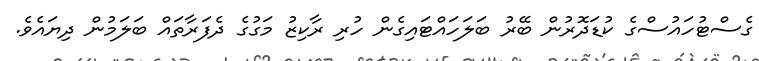
ގެސްޓުހައުސްގެ ކުޑަދޮރުން ބޭރު ބަލަހައްޓައިގެން ހުރި ރާކިޒު މަގުގެ ދެފަރާތައް ބަލަމުން ދިޔައެވެ.